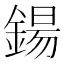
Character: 鍚